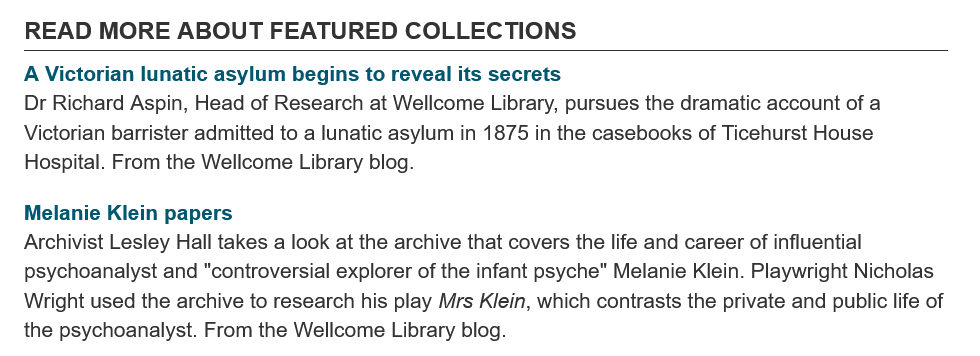
READ   MORE   ABOUT    FEATURED    COLLECTIONS
   A Victorian lunatic asylum begins to reveal its secrets
   Dr Richard Aspin, Head of Research at Wellcome Library, pursues the dramatic account of a
   Victorian barrister admitted to a lunatic asylum in 1875 in the casebooks of Ticehurst House
   Hospital. From the Wellcome Library blog.
   Melanie Klein papers
   Archivist Lesley Hall takes a look at the archive that covers the life and career of influential
   psychoanalyst and "controversial explorer of the infant psyche" Melanie Klein. Playwright Nicholas
   Wright used the archive to research his play Mrs Klein, which contrasts the private and public life of
   the psychoanalyst. From the Wellcome Library blog.